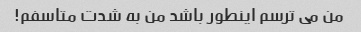
من می ترسم اینطور باشد من به شدت متاسفم!